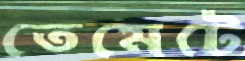
তেমেটে